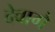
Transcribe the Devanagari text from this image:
देवागे